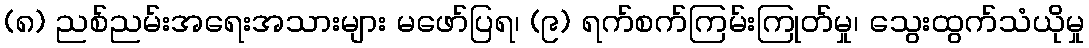
(၈) ညစ်ညမ်းအရေးအသားများ မဖော်ပြရ၊ (၉) ရက်စက်ကြမ်းကြုတ်မှု၊ သွေးထွက်သံယိုမှု